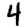
Digit: 4